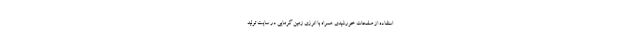
استفاده از صفحات خورشیدی همراه با انرژی زمین گرمایی در سایت تولید